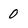
Character: 0